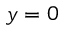
y = 0